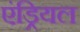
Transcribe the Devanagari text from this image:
एंड्रियल